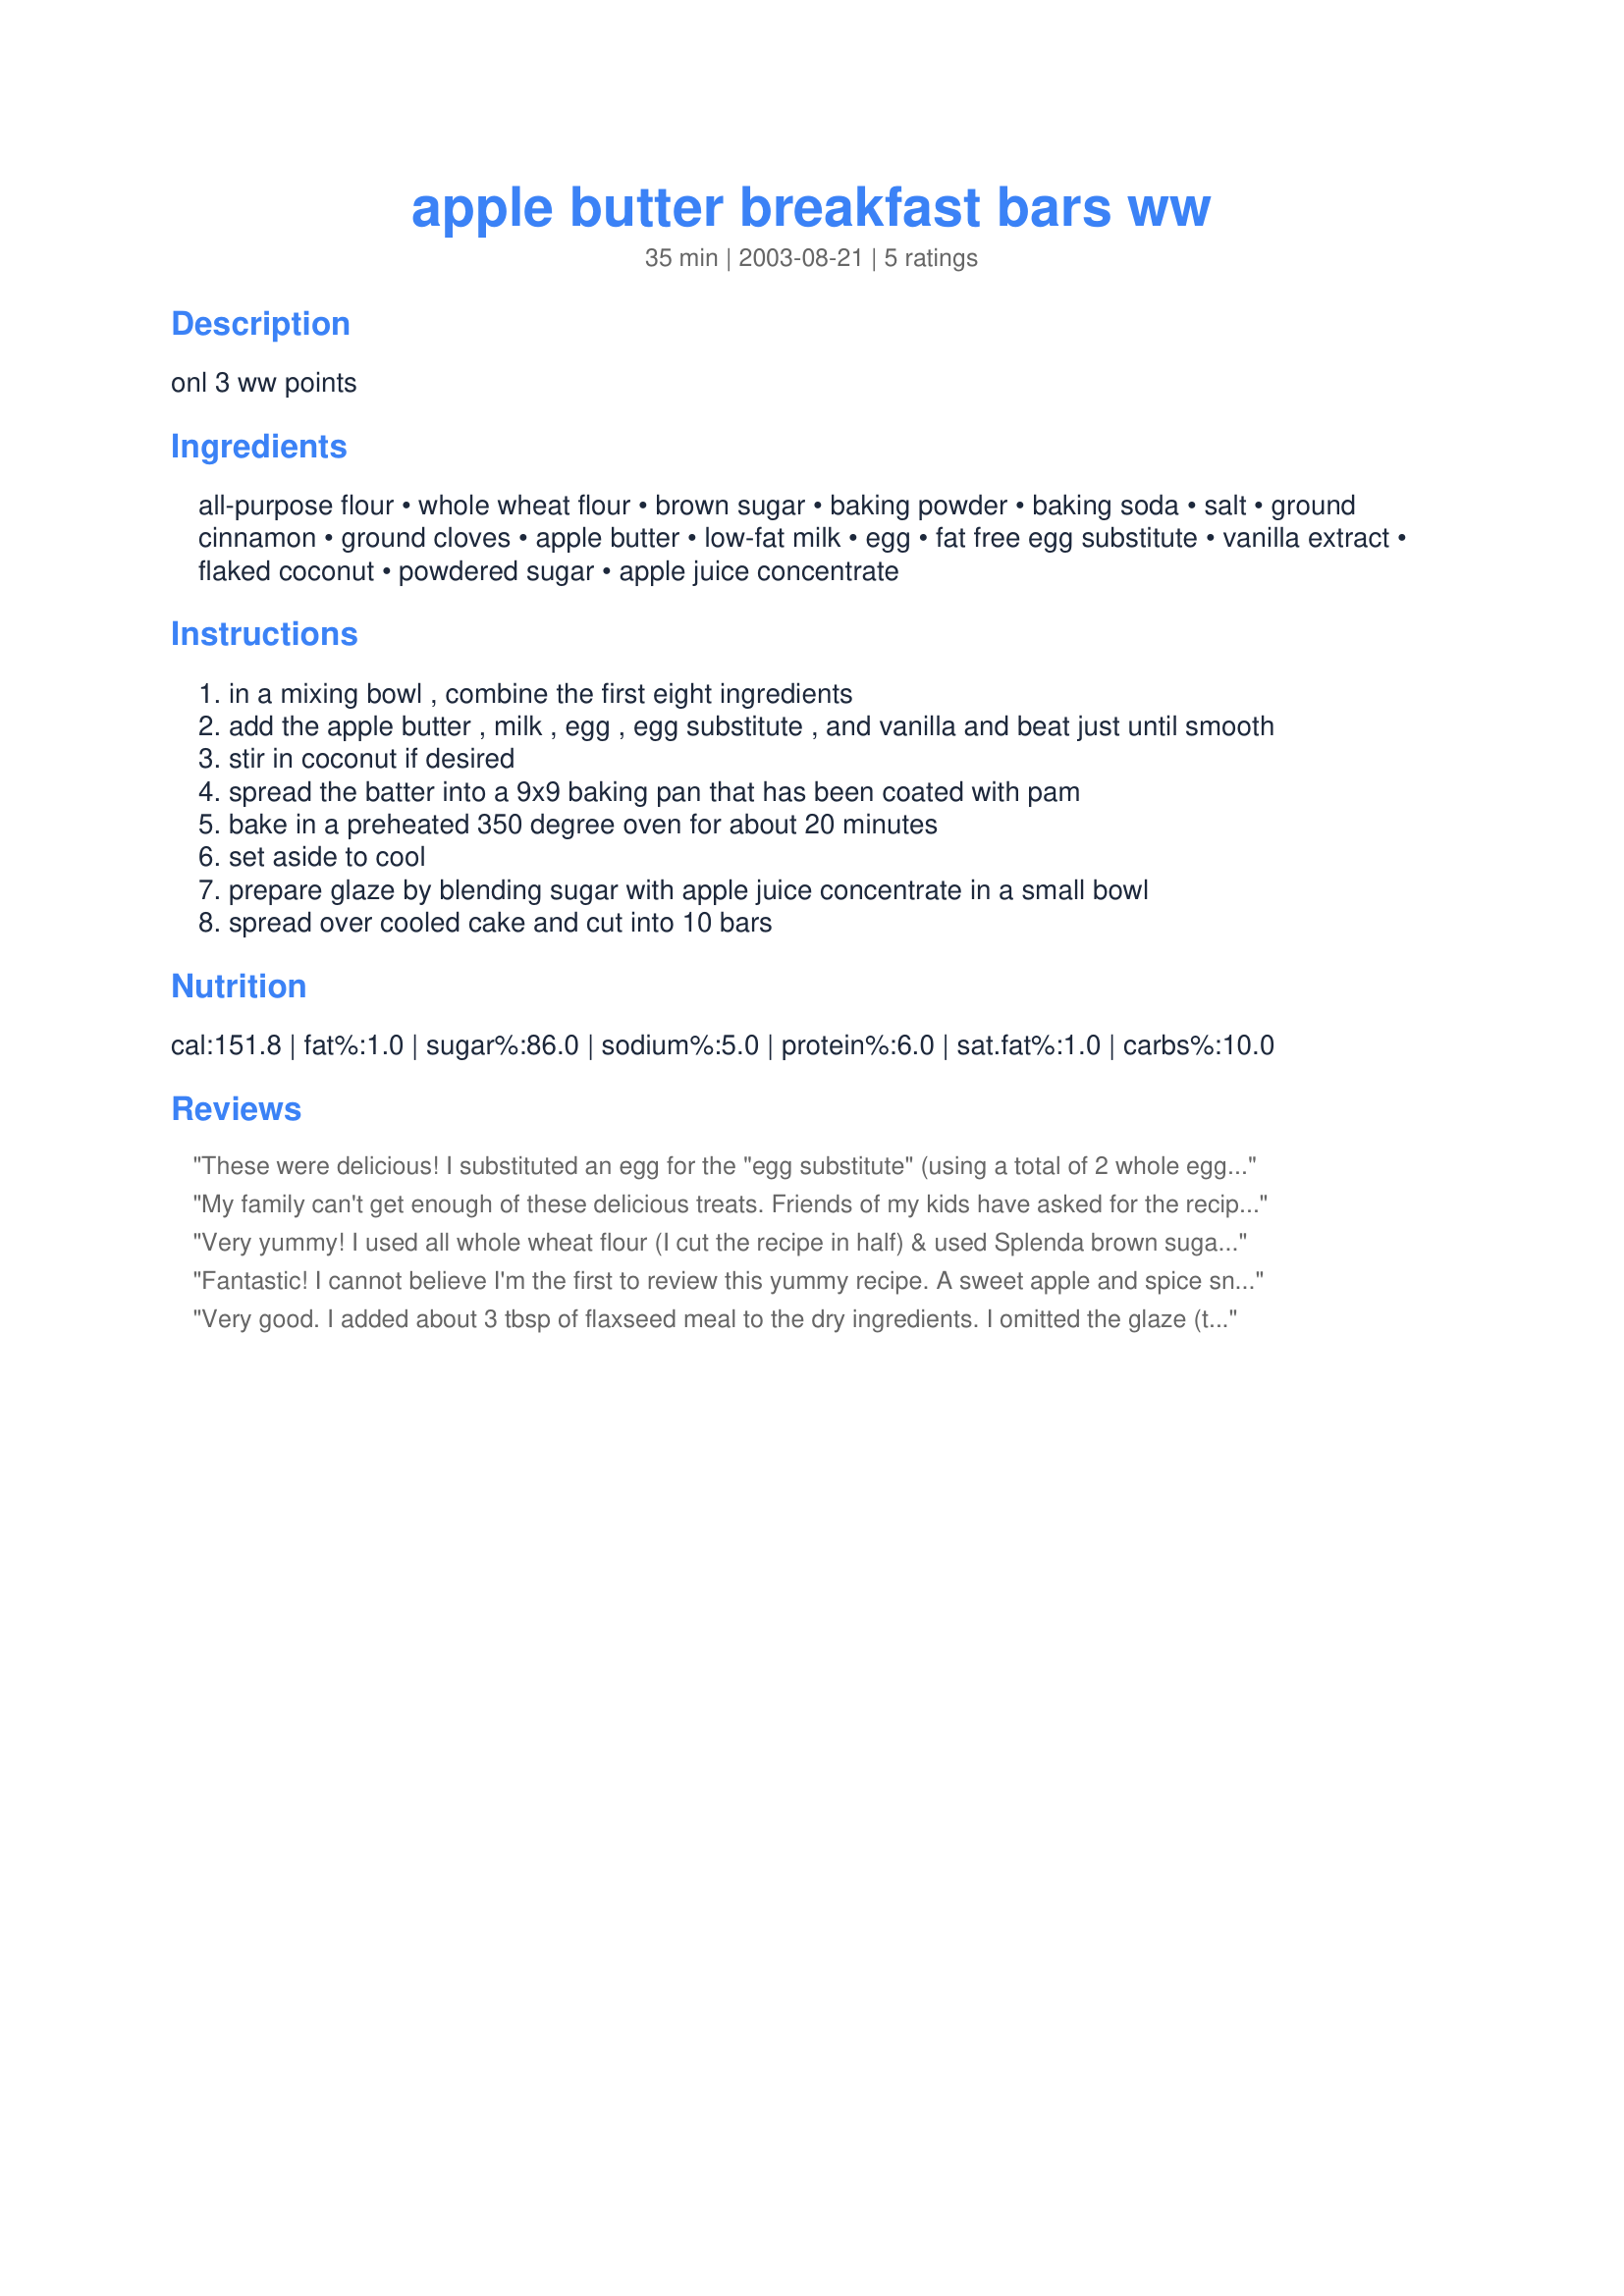
apple butter breakfast bars ww
Preparation time: 35 minutes

onl 3 ww points

Ingredients:
all-purpose flour, whole wheat flour, brown sugar, baking powder, baking soda, salt, ground cinnamon, ground cloves, apple butter, low-fat milk, egg, fat free egg substitute, vanilla extract, flaked coconut, powdered sugar, apple juice concentrate

Steps:
in a mixing bowl , combine the first eight ingredients
add the apple butter , milk , egg , egg substitute , and vanilla and beat just until smooth
stir in coconut if desired
spread the batter into a 9x9 baking pan that has been coated with pam
bake in a preheated 350 degree oven for about 20 minutes
set aside to cool
prepare glaze by blending sugar with apple juice concentrate in a small bowl
spread over cooled cake and cut into 10 bars

Reviews:
These were delicious! I substituted an egg for the "egg substitute" (using a total of 2 whole eggs) and had to use an 8-inch pan, so I just increased the baking time. Great recipe--thanks for posting!
My family can't get enough of these delicious treats. Friends of my kids have asked for the recipe. I prefer to bake the bars in a 9x13 pan for 15-18 min. for a more convenient size. They're good with or without the glaze and 3/4 C. grated or finely chopped apple make a nice addition.
Very yummy! I used all whole wheat flour (I cut the recipe in half) & used Splenda brown sugar. I used skim milk & used Applesauce topping recipe# 153704 for the apple butter-it's not called apple butter but the ingredients worked! Baked up nice & moist. Had a light, sweet cinnamon flavor. Am planning crumbling it over my vanilla yogurt for a treat!
Fantastic! I cannot believe I'm the first to review this yummy recipe. A sweet apple and spice snack cake, perfect for a healthy lunch box or after school treat for the kids as well as a great on-the-go breakfast. Used Crock Pot Apple Butter Recipe #143307 which is delicious, by the way. The only fat in this recipe comes from the one egg yolk, but it's still light and tender. The icing drizzle is yummy but could be omitted if desired. This is a great recipe that's been hiding for too long. Thanks, Audrey, for sharing!
Very good. I added about 3 tbsp of flaxseed meal to the dry ingredients. I omitted the glaze (to shave off a few calories) and these were still very good and moist.
